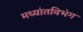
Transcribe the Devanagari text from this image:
मध्यांतविभंग